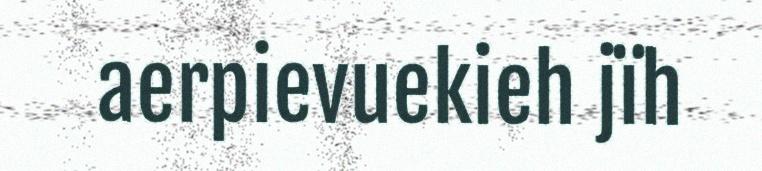
aerpievuekieh jïh